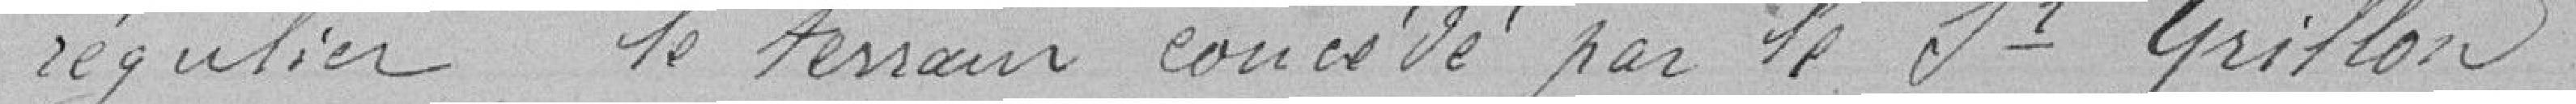
régulier, le terrain concédé par le Sieur Grillon